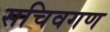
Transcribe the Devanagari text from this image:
सचिवगण